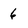
Character: 6